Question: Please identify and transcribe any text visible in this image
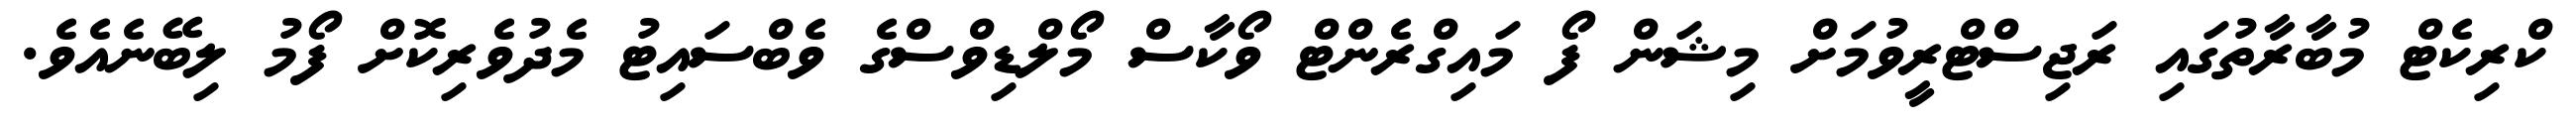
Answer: ކްރިކެޓް މުބާރާތުގައި ރަޖިސްޓްރީވުމަށް މިޝަން ފޯ މައިގްރެންޓް ވޯކާސް މޯލްޑިވްސްގެ ވެބްސައިޓު މެދުވެރިކޮށް ފޯމު ލިބޭނެއެވެ.